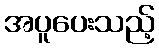
အပူပေးသည့်